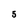
Character: 5